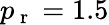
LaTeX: p_{\mathrm{~r~}}=1.5